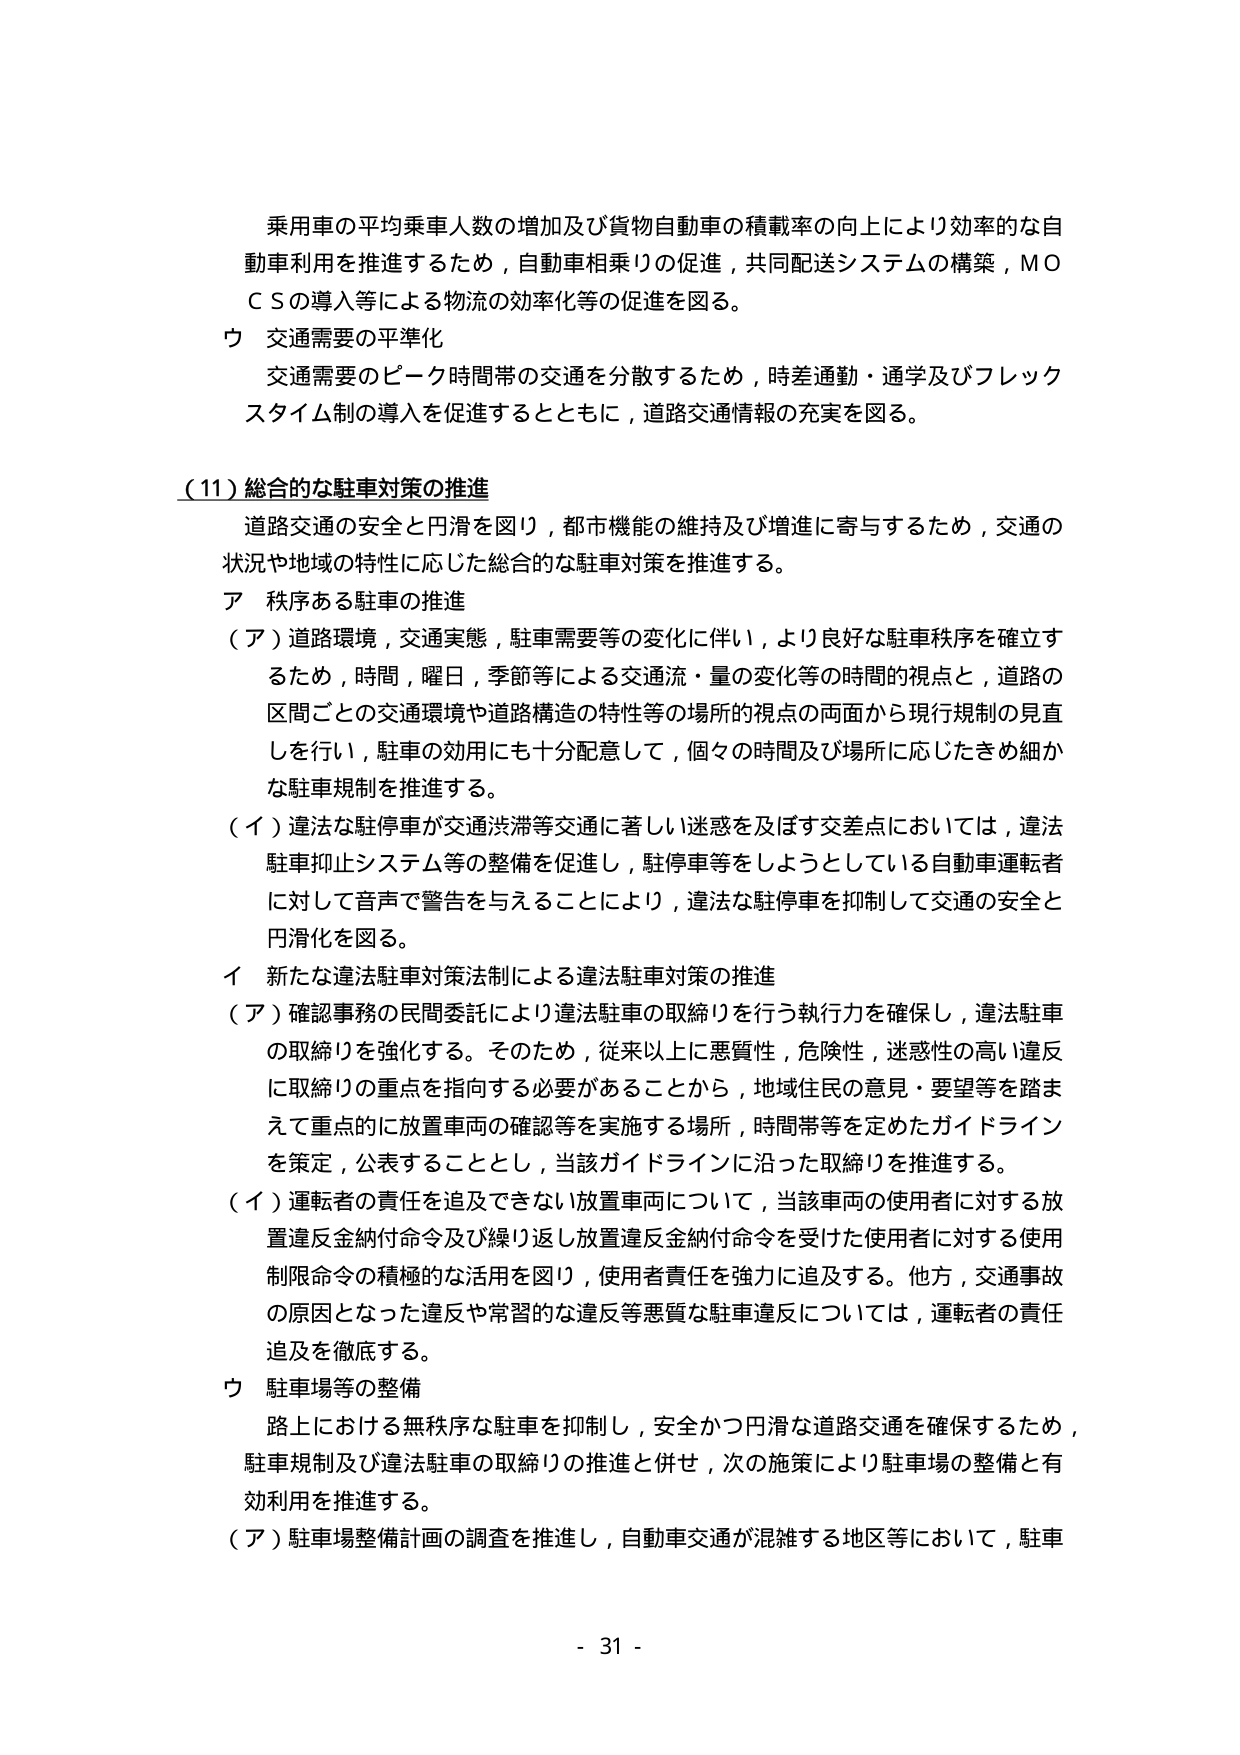
乗用車の平均乗車人数の増加及び貨物自動車の積載率の向上により効率的な自動車利用を推進するため，自動車相乗りの促進，共同配送システムの構築，ＭＯＣＳの導入等による物流の効率化等の促進を図る。

ウ 交通需要の平準化
交通需要のピーク時間帯の交通を分散するため，時差通勤・通学及びフレックスタイム制の導入を促進するとともに，道路交通情報の充実を図る。

（11）総合的な駐車対策の推進
道路交通の安全と円滑を図り，都市機能の維持及び増進に寄与するため，交通の状況や地域の特性に応じた総合的な駐車対策を推進する。

ア 秩序ある駐車の推進
（ア）道路環境，交通実態，駐車需要等の変化に伴い，より良好な駐車秩序を確立するため，時間，曜日，季節等による交通流・量の変化等の時間的視点と，道路の区間ごとの交通環境や道路構造の特性等の場所的視点の両面から現行規制の見直しを行い，駐車の効用にも十分配意して，個々の時間及び場所に応じたきめ細かな駐車規制を推進する。

（イ）違法な駐停車が交通渋滞等交通に著しい迷惑を及ぼす交差点においては，違法駐車抑止システム等の整備を促進し，駐停車等をしようとしている自動車運転者に対して音声で警告を与えることにより，違法な駐停車を抑制して交通の安全と円滑化を図る。

イ 新たな違法駐車対策法制による違法駐車対策の推進
（ア）確認事務の民間委託により違法駐車の取締りを行う執行力を確保し，違法駐車の取締りを強化する。そのため，従来以上に悪質性，危険性，迷惑性の高い違反に取締りの重点を指向する必要があることから，地域住民の意見・要望等を踏まえて重点的に放置車両の確認等を実施する場所，時間帯等を定めたガイドラインを策定，公表することとし，当該ガイドラインに沿った取締りを推進する。

（イ）運転者の責任を追及できない放置車両について，当該車両の使用者に対する放置違反金納付命令及び繰り返し放置違反金納付命令を受けた使用者に対する使用制限命令の積極的な活用を図り，使用者責任を強力に追及する。他方，交通事故の原因となった違反や常習的な違反等悪質な駐車違反については，運転者の責任追及を徹底する。

ウ 駐車場等の整備
路上における無秩序な駐車を抑制し，安全かつ円滑な道路交通を確保するため，駐車規制及び違法駐車の取締りの推進と併せ，次の施策により駐車場の整備と有効利用を推進する。

（ア）駐車場整備計画の調査を推進し，自動車交通が混雑する地区等において，駐車

- 31 -